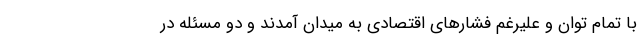
با تمام توان و علیرغم فشارهای اقتصادی به میدان آمدند و دو مسئله در